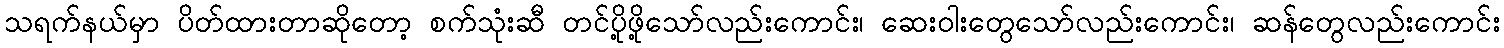
သရက်နယ်မှာ ပိတ်ထားတာဆိုတော့ စက်သုံးဆီ တင်ပို့ဖို့သော်လည်းကောင်း၊ ဆေးဝါးတွေသော်လည်းကောင်း၊ ဆန်တွေလည်းကောင်း